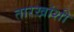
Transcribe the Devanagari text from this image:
तारखांशी